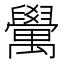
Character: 𮂮